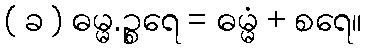
( ခ ) ဓမ္မ.ဉ္စရေ = ဓမ္မံ + စရေ။